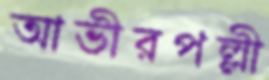
আভীরপল্লী